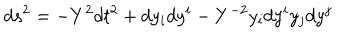
LaTeX: d s ^ { 2 } = - Y ^ { 2 } d t ^ { 2 } + d y _ { i } d y ^ { i } - Y ^ { - 2 } y _ { i } d y ^ { i } y _ { j } d y ^ { j }